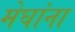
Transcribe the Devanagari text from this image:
मेघांना